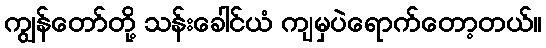
ကျွန်တော်တို့ သန်းခေါင်ယံ ကျမှပဲရောက်တော့တယ်။